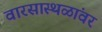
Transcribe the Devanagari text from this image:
वारसास्थळांवर